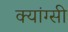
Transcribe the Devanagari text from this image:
क्यांग्सी